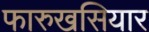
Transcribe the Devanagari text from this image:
फारुखसियार